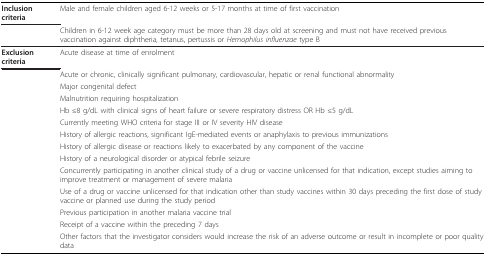
<table><thead><tr><td><b>Inclusion criteria</b></td><td><b>Male and female children aged 6-12 weeks or 5-17 months at time of first vaccination</b></td></tr><tr><td></td><td><b>Children in 6-12 week age category must be more than 28 days old at screening and must not have received previous vaccination against diphtheria, tetanus, pertussis or <i>Hemophilus influenzae </i>type B</b></td></tr></thead><tbody><tr><td><b>Exclusion criteria</b></td><td>Acute disease at time of enrolment</td></tr><tr><td></td><td>Acute or chronic, clinically significant pulmonary, cardiovascular, hepatic or renal functional abnormality</td></tr><tr><td></td><td>Major congenital defect</td></tr><tr><td></td><td>Malnutrition requiring hospitalization</td></tr><tr><td></td><td>Hb ≤8 g/dL with clinical signs of heart failure or severe respiratory distress OR Hb ≤5 g/dL</td></tr><tr><td></td><td>Currently meeting WHO criteria for stage III or IV severity HIV disease</td></tr><tr><td></td><td>History of allergic reactions, significant IgE-mediated events or anaphylaxis to previous immunizations</td></tr><tr><td></td><td>History of allergic disease or reactions likely to exacerbated by any component of the vaccine</td></tr><tr><td></td><td>History of a neurological disorder or atypical febrile seizure</td></tr><tr><td></td><td>Concurrently participating in another clinical study of a drug or vaccine unlicensed for that indication, except studies aiming to improve treatment or management of severe malaria</td></tr><tr><td></td><td>Use of a drug or vaccine unlicensed for that indication other than study vaccines within 30 days preceding the first dose of study vaccine or planned use during the study period</td></tr><tr><td></td><td>Previous participation in another malaria vaccine trial</td></tr><tr><td></td><td>Receipt of a vaccine within the preceding 7 days</td></tr><tr><td></td><td>Other factors that the investigator considers would increase the risk of an adverse outcome or result in incomplete or poor quality data</td></tr></tbody></table>